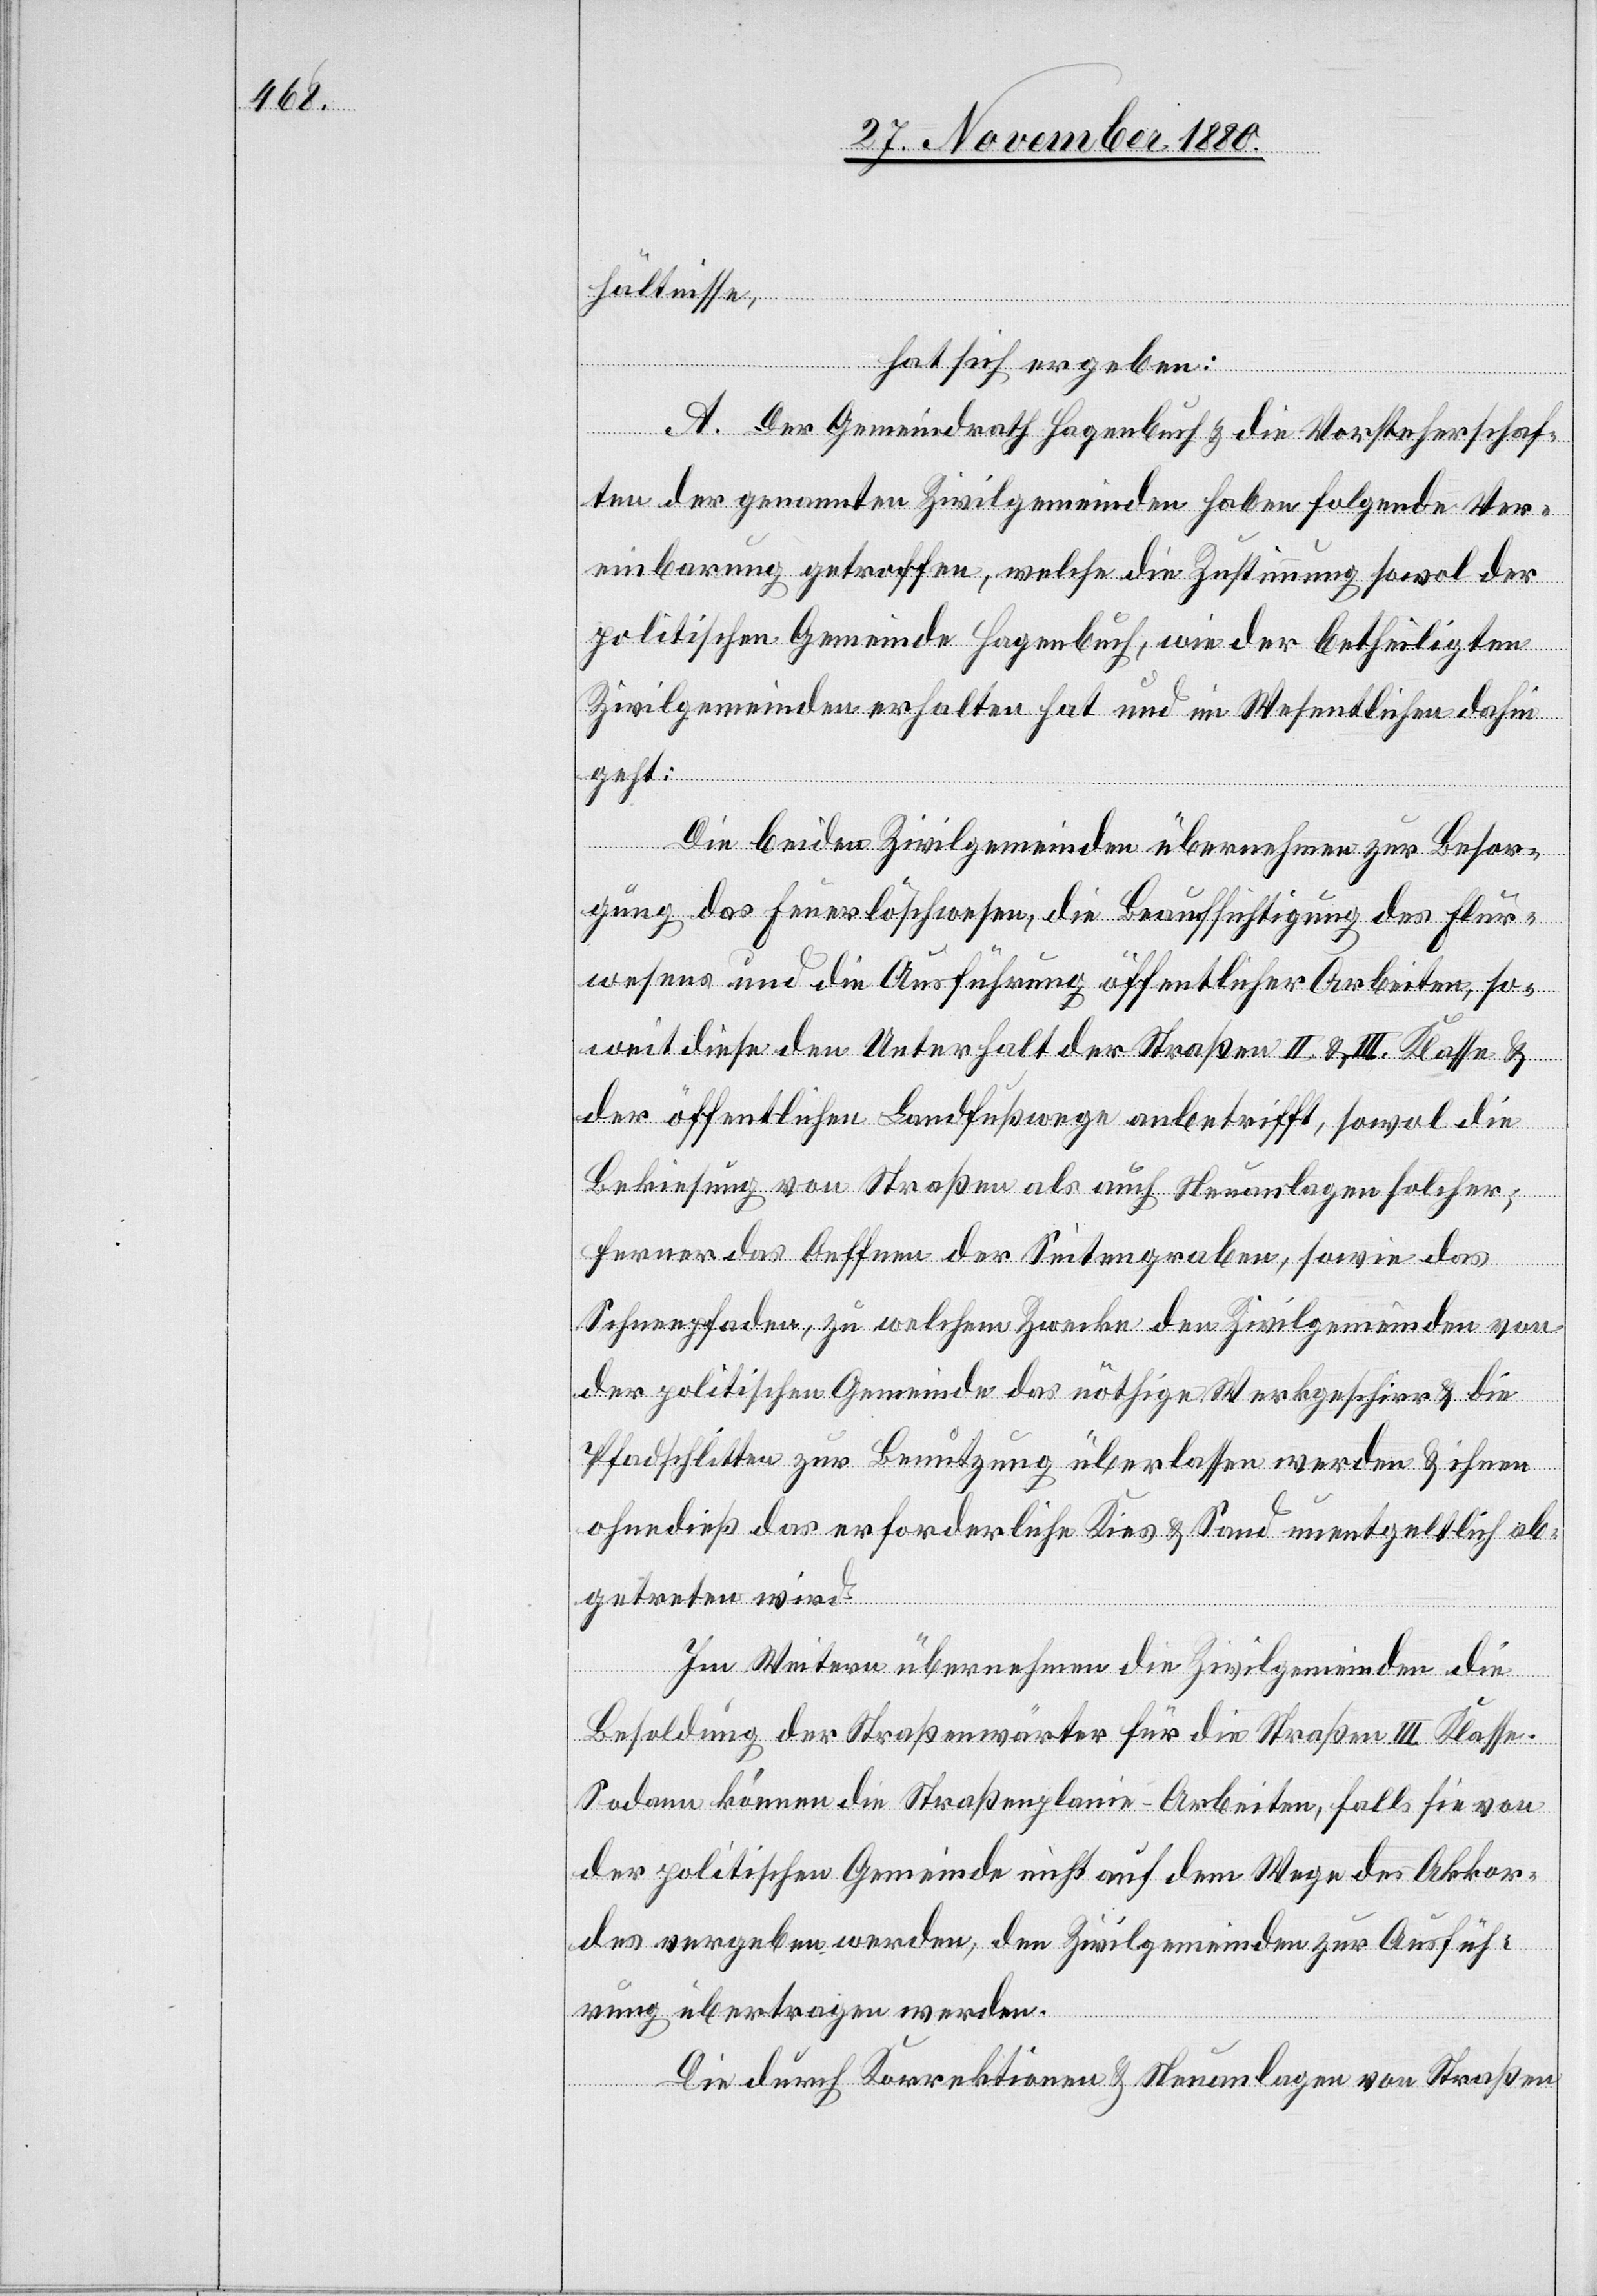
hältnisse,
hat sich ergeben:
A. Der Gemeindrath Hagenbuch & die Vorsteherschaf¬
ten der genannten Zivilgemeinden haben folgende Ver¬
einbarung getroffen, welche die Zustimmung sowol der
politischen Gemeinde Hagenbuch, wie der betheiligten
Zivilgemeinden erhalten hat und im Wesentlichen dahin
geht:
Die beiden Zivilgemeinden übernehmen zur Besor¬
gung das Feuerlöschwesen, die Beaufsichtigung des Flur¬
wesens und die Ausführung öffentlicher Arbeiten, so¬
weit diese den Unterhalt der Straßen II. & III. Klasse &
der öffentlichen Landfußwege anbetrifft, sowol die
Bekiesung von Straßen als auch Neuanlagen solcher;
ferner das Oeffnen der Seitengraben, sowie das
Schneepfaden, zu welchem Zwecke den Zivilgemeinden von
der politischen Gemeinde das nöthige Werkgeschirr & die
Pfadschlitten zur Benutzung überlassen werden & ihnen
ohnedieß das erforderliche Kies & Sand unentgeltlich ab¬
getreten wird.
Im Weitern übernehmen die Zivilgemeinden die
Besoldung der Straßenwärter für die Straßen III. Klasse.
Sodann können die Straßenplanie-Arbeiten, falls sie von
der politischen Gemeinde nicht auf dem Wege des Akkor¬
des vergeben werden, den Zivilgemeinden zur Ausfüh¬
rung übertragen werden.
Die durch Korrektionen & Neuanlagen von Straßen